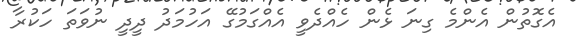
އެގޮތުން އެންމެ ގިނަ ޅެން ހެއްދެވީ އެއްގަމުގޭ އަހުމަދު ދީދީ ނުވަތަ ހަކުރާ